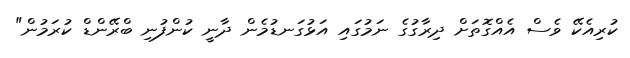
ކުރިއެކޭ ވެސް އެއްގޮތަށް ދިރާގުގެ ނަމުގައި އަޅުގަނޑުމެން ދާނީ ކުންފުނި ބްރޭންޑް ކުރަމުން"